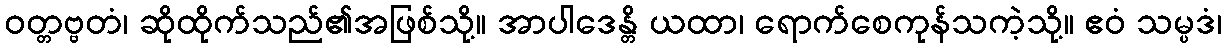
ဝတ္တဗ္ဗတံ၊ ဆိုထိုက်သည်၏အဖြစ်သို့။ အာပါဒေန္တိ ယထာ၊ ရောက်စေကုန်သကဲ့သို့။ ဧဝံ သမ္ပဒံ၊